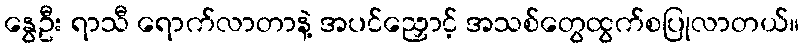
နွေဦး ရာသီ ရောက်လာတာနဲ့ အပင်ညှောင့် အသစ်တွေထွက်စပြုလာတယ်။